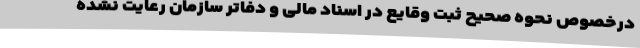
درخصوص نحوه صحیح ثبت وقایع در اسناد مالی و دفاتر سازمان رعایت نشده